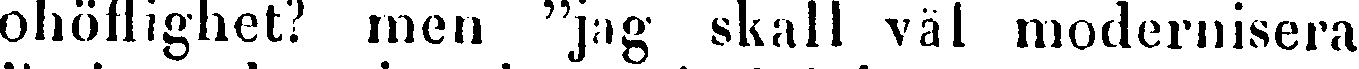
ohöflighet? men "jag skall väl modernisera